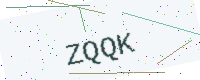
Text: ZQQK